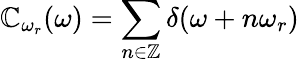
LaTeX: \mathbb{C}_{\omega_{r}}(\omega)=\sum_{n\in\mathbb{{Z}}}\delta(\omega+n\omega_{r})